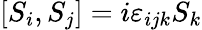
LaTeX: [S_{i},S_{j}]=i\varepsilon_{ijk}S_{k}